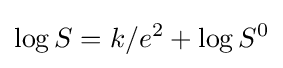
\log S=k/e^{2}+\log S^{0}